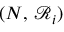
( N , \, \mathcal { R } _ { i } )